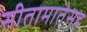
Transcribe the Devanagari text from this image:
सीतामातेसह